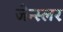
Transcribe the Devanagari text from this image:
जेन्स्लर